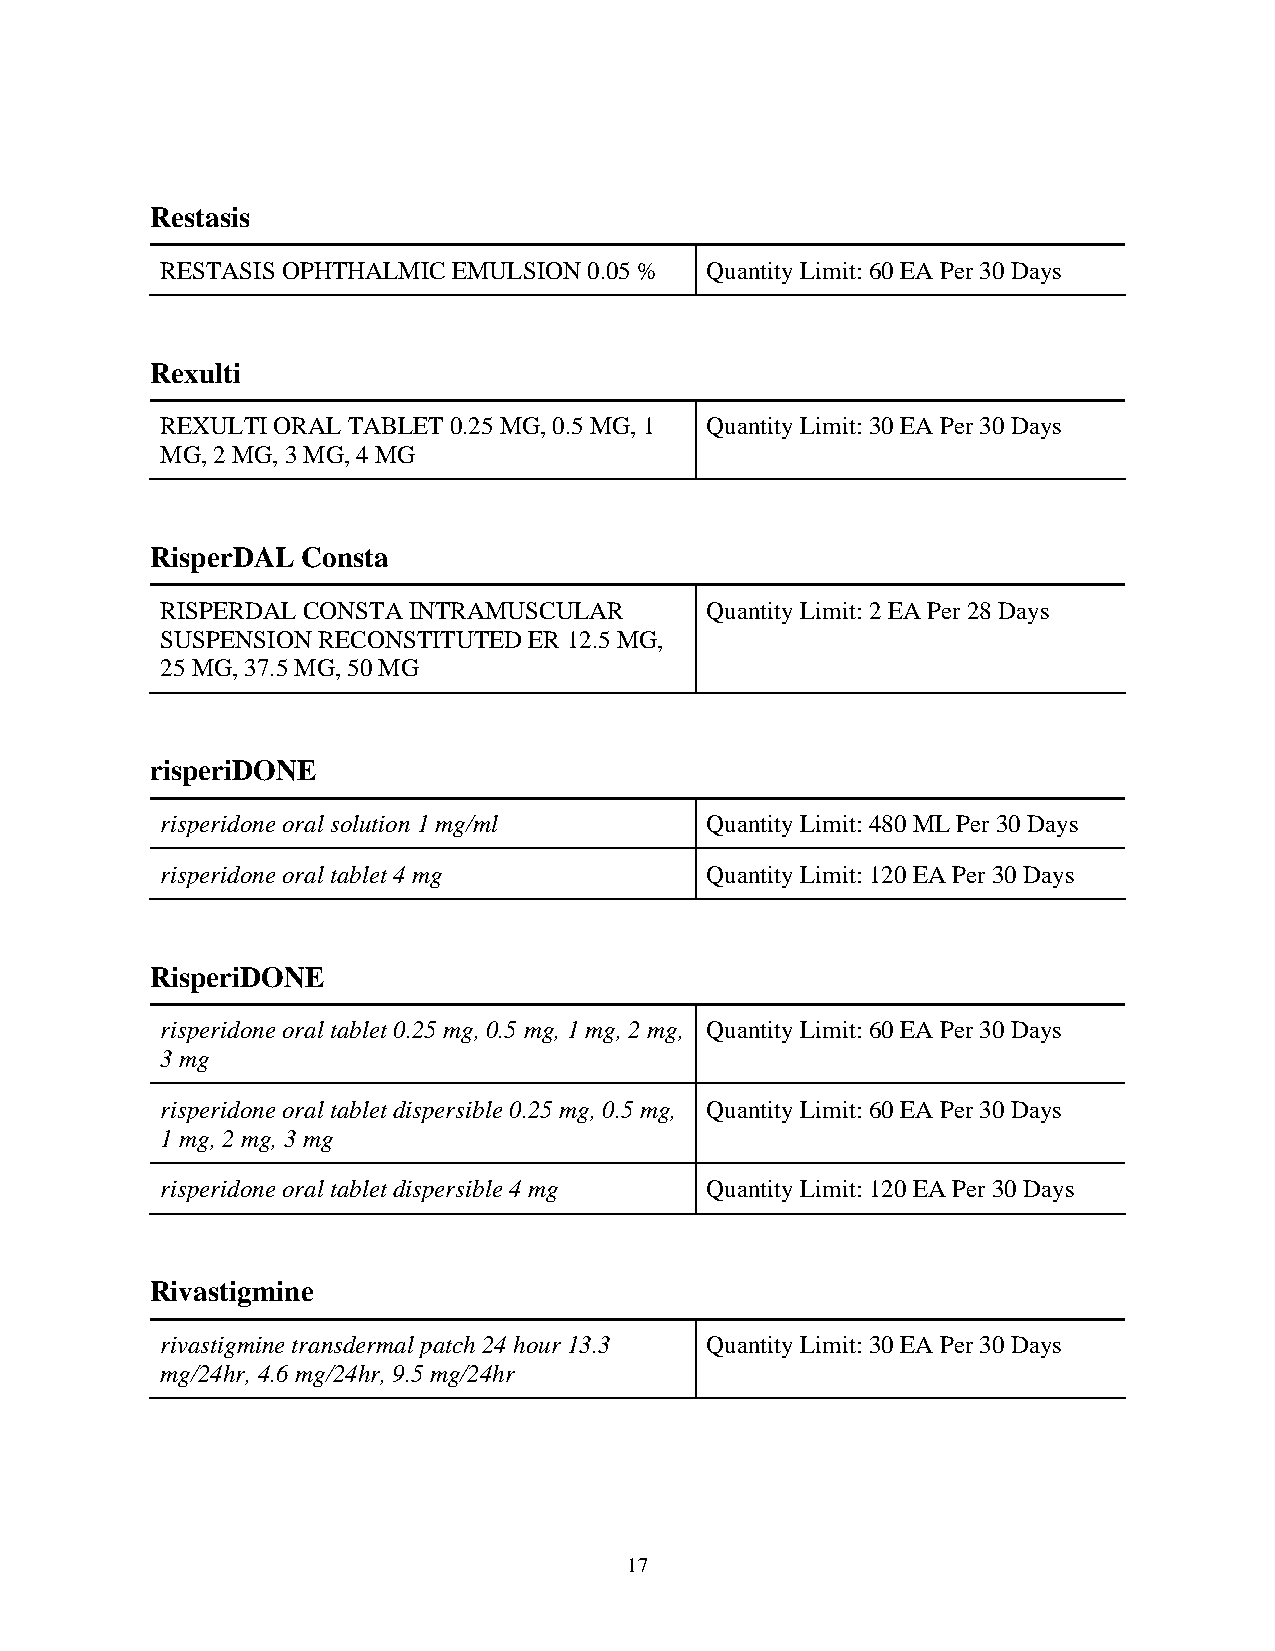
Restasis
 RESTASIS OPHTHALMIC EMULSION 0.05 % Quantity Limit: 60 EA Per 30 Days
 Rexulti
 REXULTI ORAL TABLET 0.25 MG, 0.5 MG, 1 Quantity Limit: 30 EA Per 30 Days
 MG, 2 MG, 3 MG, 4 MG
 RisperDAL Consta
 RISPERDAL CONSTA INTRAMUSCULAR      Quantity Limit: 2 EA Per 28 Days
 SUSPENSION RECONSTITUTED ER 12.5 MG,
 25 MG, 37.5 MG, 50 MG
 risperiDONE
 risperidone oral solution 1 mg/ml   Quantity Limit: 480 ML Per 30 Days
 risperidone oral tablet 4 mg        Quantity Limit: 120 EA Per 30 Days
 RisperiDONE
 risperidone oral tablet 0.25 mg, 0.5 mg, 1 mg, 2 mg, Quantity Limit: 60 EA Per 30 Days
 3 mg
 risperidone oral tablet dispersible 0.25 mg, 0.5 mg, Quantity Limit: 60 EA Per 30 Days
 1 mg, 2 mg, 3 mg
 risperidone oral tablet dispersible 4 mg Quantity Limit: 120 EA Per 30 Days
 Rivastigmine
 rivastigmine transdermal patch 24 hour 13.3 Quantity Limit: 30 EA Per 30 Days
 mg/24hr, 4.6 mg/24hr, 9.5 mg/24hr
 17